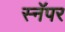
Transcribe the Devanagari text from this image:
स्नॅपर